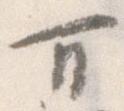
万